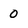
Character: 0